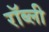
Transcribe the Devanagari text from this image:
रॉब्ली